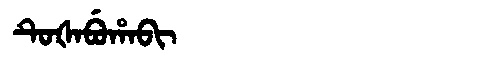
Manchu: ᡨᡠᡧᠠᠪᡠᡥᠠᠪᡳ
Romanization: TUŠABUHABI